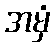
အမှံ